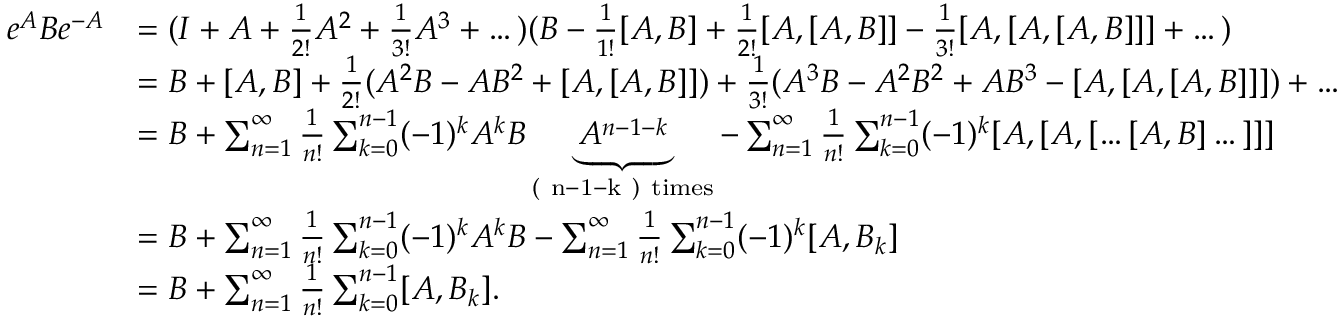
\begin{array} { r l } { e ^ { A } B e ^ { - A } } & { = ( I + A + \frac { 1 } { 2 ! } A ^ { 2 } + \frac { 1 } { 3 ! } A ^ { 3 } + \dots ) ( B - \frac { 1 } { 1 ! } [ A , B ] + \frac { 1 } { 2 ! } [ A , [ A , B ] ] - \frac { 1 } { 3 ! } [ A , [ A , [ A , B ] ] ] + \dots ) } \\ & { = B + [ A , B ] + \frac { 1 } { 2 ! } ( A ^ { 2 } B - A B ^ { 2 } + [ A , [ A , B ] ] ) + \frac { 1 } { 3 ! } ( A ^ { 3 } B - A ^ { 2 } B ^ { 2 } + A B ^ { 3 } - [ A , [ A , [ A , B ] ] ] ) + \dots } \\ & { = B + \sum _ { n = 1 } ^ { \infty } \frac { 1 } { n ! } \sum _ { k = 0 } ^ { n - 1 } ( - 1 ) ^ { k } A ^ { k } B \underbrace { A ^ { n - 1 - k } } _ { \mathrm { ( ~ n - 1 - k ~ ) ~ t i m e s } } - \sum _ { n = 1 } ^ { \infty } \frac { 1 } { n ! } \sum _ { k = 0 } ^ { n - 1 } ( - 1 ) ^ { k } [ A , [ A , [ \dots [ A , B ] \dots ] ] ] } \\ & { = B + \sum _ { n = 1 } ^ { \infty } \frac { 1 } { n ! } \sum _ { k = 0 } ^ { n - 1 } ( - 1 ) ^ { k } A ^ { k } B - \sum _ { n = 1 } ^ { \infty } \frac { 1 } { n ! } \sum _ { k = 0 } ^ { n - 1 } ( - 1 ) ^ { k } [ A , B _ { k } ] } \\ & { = B + \sum _ { n = 1 } ^ { \infty } \frac { 1 } { n ! } \sum _ { k = 0 } ^ { n - 1 } [ A , B _ { k } ] . } \end{array}